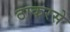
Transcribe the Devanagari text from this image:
ठाकरसे